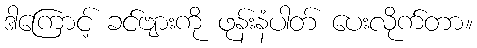
ဒါကြောင့် ခင်ဗျားကို ဖုန်းနံပါတ် ပေးလိုက်တာ။